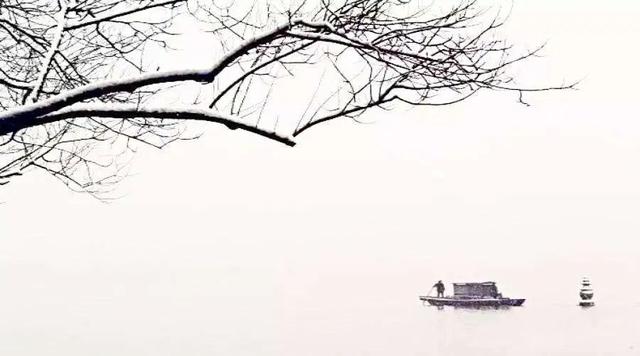
角声吹彻小梅花。夜长人忆家。